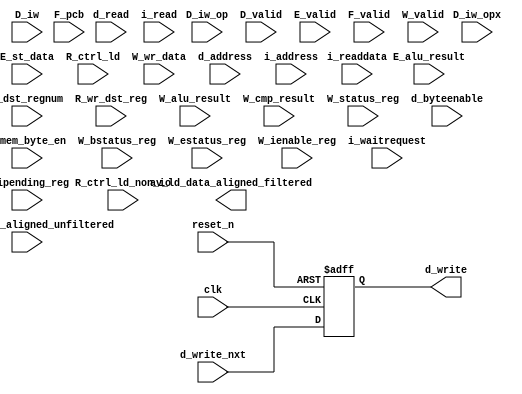
module cpu_0_test_bench (
                          // inputs:
                           D_iw,
                           D_iw_op,
                           D_iw_opx,
                           D_valid,
                           E_alu_result,
                           E_mem_byte_en,
                           E_st_data,
                           E_valid,
                           F_pcb,
                           F_valid,
                           R_ctrl_ld,
                           R_ctrl_ld_non_io,
                           R_dst_regnum,
                           R_wr_dst_reg,
                           W_alu_result,
                           W_bstatus_reg,
                           W_cmp_result,
                           W_estatus_reg,
                           W_ienable_reg,
                           W_ipending_reg,
                           W_status_reg,
                           W_valid,
                           W_wr_data,
                           av_ld_data_aligned_unfiltered,
                           clk,
                           d_address,
                           d_byteenable,
                           d_read,
                           d_write_nxt,
                           i_address,
                           i_read,
                           i_readdata,
                           i_waitrequest,
                           reset_n,

                          // outputs:
                           av_ld_data_aligned_filtered,
                           d_write
                        )
;

  output  [ 31: 0] av_ld_data_aligned_filtered;
  output           d_write;
  input   [ 31: 0] D_iw;
  input   [  5: 0] D_iw_op;
  input   [  5: 0] D_iw_opx;
  input            D_valid;
  input   [ 31: 0] E_alu_result;
  input   [  3: 0] E_mem_byte_en;
  input   [ 31: 0] E_st_data;
  input            E_valid;
  input   [ 22: 0] F_pcb;
  input            F_valid;
  input            R_ctrl_ld;
  input            R_ctrl_ld_non_io;
  input   [  4: 0] R_dst_regnum;
  input            R_wr_dst_reg;
  input   [ 31: 0] W_alu_result;
  input            W_bstatus_reg;
  input            W_cmp_result;
  input            W_estatus_reg;
  input   [ 31: 0] W_ienable_reg;
  input   [ 31: 0] W_ipending_reg;
  input            W_status_reg;
  input            W_valid;
  input   [ 31: 0] W_wr_data;
  input   [ 31: 0] av_ld_data_aligned_unfiltered;
  input            clk;
  input   [ 22: 0] d_address;
  input   [  3: 0] d_byteenable;
  input            d_read;
  input            d_write_nxt;
  input   [ 22: 0] i_address;
  input            i_read;
  input   [ 31: 0] i_readdata;
  input            i_waitrequest;
  input            reset_n;

  wire    [ 55: 0] D_inst;
  wire             D_op_add;
  wire             D_op_addi;
  wire             D_op_and;
  wire             D_op_andhi;
  wire             D_op_andi;
  wire             D_op_beq;
  wire             D_op_bge;
  wire             D_op_bgeu;
  wire             D_op_blt;
  wire             D_op_bltu;
  wire             D_op_bne;
  wire             D_op_br;
  wire             D_op_break;
  wire             D_op_bret;
  wire             D_op_call;
  wire             D_op_callr;
  wire             D_op_cmpeq;
  wire             D_op_cmpeqi;
  wire             D_op_cmpge;
  wire             D_op_cmpgei;
  wire             D_op_cmpgeu;
  wire             D_op_cmpgeui;
  wire             D_op_cmplt;
  wire             D_op_cmplti;
  wire             D_op_cmpltu;
  wire             D_op_cmpltui;
  wire             D_op_cmpne;
  wire             D_op_cmpnei;
  wire             D_op_custom;
  wire             D_op_div;
  wire             D_op_divu;
  wire             D_op_eret;
  wire             D_op_flushd;
  wire             D_op_flushda;
  wire             D_op_flushi;
  wire             D_op_flushp;
  wire             D_op_hbreak;
  wire             D_op_initd;
  wire             D_op_initi;
  wire             D_op_intr;
  wire             D_op_jmp;
  wire             D_op_ldb;
  wire             D_op_ldbio;
  wire             D_op_ldbu;
  wire             D_op_ldbuio;
  wire             D_op_ldh;
  wire             D_op_ldhio;
  wire             D_op_ldhu;
  wire             D_op_ldhuio;
  wire             D_op_ldw;
  wire             D_op_ldwio;
  wire             D_op_mul;
  wire             D_op_muli;
  wire             D_op_mulxss;
  wire             D_op_mulxsu;
  wire             D_op_mulxuu;
  wire             D_op_nextpc;
  wire             D_op_nor;
  wire             D_op_opx;
  wire             D_op_or;
  wire             D_op_orhi;
  wire             D_op_ori;
  wire             D_op_rdctl;
  wire             D_op_ret;
  wire             D_op_rol;
  wire             D_op_roli;
  wire             D_op_ror;
  wire             D_op_rsv01;
  wire             D_op_rsv02;
  wire             D_op_rsv09;
  wire             D_op_rsv10;
  wire             D_op_rsv17;
  wire             D_op_rsv18;
  wire             D_op_rsv19;
  wire             D_op_rsv25;
  wire             D_op_rsv26;
  wire             D_op_rsv29;
  wire             D_op_rsv31;
  wire             D_op_rsv33;
  wire             D_op_rsv34;
  wire             D_op_rsv41;
  wire             D_op_rsv42;
  wire             D_op_rsv49;
  wire             D_op_rsv56;
  wire             D_op_rsv57;
  wire             D_op_rsv61;
  wire             D_op_rsv62;
  wire             D_op_rsv63;
  wire             D_op_rsvx00;
  wire             D_op_rsvx10;
  wire             D_op_rsvx15;
  wire             D_op_rsvx17;
  wire             D_op_rsvx20;
  wire             D_op_rsvx21;
  wire             D_op_rsvx25;
  wire             D_op_rsvx33;
  wire             D_op_rsvx34;
  wire             D_op_rsvx35;
  wire             D_op_rsvx42;
  wire             D_op_rsvx43;
  wire             D_op_rsvx44;
  wire             D_op_rsvx47;
  wire             D_op_rsvx50;
  wire             D_op_rsvx51;
  wire             D_op_rsvx55;
  wire             D_op_rsvx56;
  wire             D_op_rsvx60;
  wire             D_op_rsvx62;
  wire             D_op_rsvx63;
  wire             D_op_sll;
  wire             D_op_slli;
  wire             D_op_sra;
  wire             D_op_srai;
  wire             D_op_srl;
  wire             D_op_srli;
  wire             D_op_stb;
  wire             D_op_stbio;
  wire             D_op_sth;
  wire             D_op_sthio;
  wire             D_op_stw;
  wire             D_op_stwio;
  wire             D_op_sub;
  wire             D_op_sync;
  wire             D_op_trap;
  wire             D_op_wrctl;
  wire             D_op_xor;
  wire             D_op_xorhi;
  wire             D_op_xori;
  wire    [ 55: 0] W_vinst;
  wire    [ 31: 0] av_ld_data_aligned_filtered;
  wire             av_ld_data_aligned_unfiltered_0_is_x;
  wire             av_ld_data_aligned_unfiltered_10_is_x;
  wire             av_ld_data_aligned_unfiltered_11_is_x;
  wire             av_ld_data_aligned_unfiltered_12_is_x;
  wire             av_ld_data_aligned_unfiltered_13_is_x;
  wire             av_ld_data_aligned_unfiltered_14_is_x;
  wire             av_ld_data_aligned_unfiltered_15_is_x;
  wire             av_ld_data_aligned_unfiltered_16_is_x;
  wire             av_ld_data_aligned_unfiltered_17_is_x;
  wire             av_ld_data_aligned_unfiltered_18_is_x;
  wire             av_ld_data_aligned_unfiltered_19_is_x;
  wire             av_ld_data_aligned_unfiltered_1_is_x;
  wire             av_ld_data_aligned_unfiltered_20_is_x;
  wire             av_ld_data_aligned_unfiltered_21_is_x;
  wire             av_ld_data_aligned_unfiltered_22_is_x;
  wire             av_ld_data_aligned_unfiltered_23_is_x;
  wire             av_ld_data_aligned_unfiltered_24_is_x;
  wire             av_ld_data_aligned_unfiltered_25_is_x;
  wire             av_ld_data_aligned_unfiltered_26_is_x;
  wire             av_ld_data_aligned_unfiltered_27_is_x;
  wire             av_ld_data_aligned_unfiltered_28_is_x;
  wire             av_ld_data_aligned_unfiltered_29_is_x;
  wire             av_ld_data_aligned_unfiltered_2_is_x;
  wire             av_ld_data_aligned_unfiltered_30_is_x;
  wire             av_ld_data_aligned_unfiltered_31_is_x;
  wire             av_ld_data_aligned_unfiltered_3_is_x;
  wire             av_ld_data_aligned_unfiltered_4_is_x;
  wire             av_ld_data_aligned_unfiltered_5_is_x;
  wire             av_ld_data_aligned_unfiltered_6_is_x;
  wire             av_ld_data_aligned_unfiltered_7_is_x;
  wire             av_ld_data_aligned_unfiltered_8_is_x;
  wire             av_ld_data_aligned_unfiltered_9_is_x;
  reg              d_write;
  wire             rf_wr;
  wire    [ 31: 0] rf_wr_data;
  always @(posedge clk or negedge reset_n)
    begin
      if (reset_n == 0)
          d_write <= 0;
      else if (1'b1)
          d_write <= d_write_nxt;
    end


  assign rf_wr = R_wr_dst_reg | R_ctrl_ld;
  assign rf_wr_data = R_ctrl_ld ? av_ld_data_aligned_filtered : W_wr_data;
  assign D_op_rsv02 = D_iw_op[5 : 0] == 2;
  assign D_op_cmplti = D_iw_op[5 : 0] == 16;
  assign D_op_rsv18 = D_iw_op[5 : 0] == 18;
  assign D_op_rsv01 = D_iw_op[5 : 0] == 1;
  assign D_op_rsv26 = D_iw_op[5 : 0] == 26;
  assign D_op_rsv42 = D_iw_op[5 : 0] == 42;
  assign D_op_ldbio = D_iw_op[5 : 0] == 39;
  assign D_op_ldbu = D_iw_op[5 : 0] == 3;
  assign D_op_orhi = D_iw_op[5 : 0] == 52;
  assign D_op_rsv31 = D_iw_op[5 : 0] == 31;
  assign D_op_bge = D_iw_op[5 : 0] == 14;
  assign D_op_br = D_iw_op[5 : 0] == 6;
  assign D_op_ldhio = D_iw_op[5 : 0] == 47;
  assign D_op_rsv41 = D_iw_op[5 : 0] == 41;
  assign D_op_rsv19 = D_iw_op[5 : 0] == 19;
  assign D_op_ldwio = D_iw_op[5 : 0] == 55;
  assign D_op_rsv29 = D_iw_op[5 : 0] == 29;
  assign D_op_rsv61 = D_iw_op[5 : 0] == 61;
  assign D_op_opx = D_iw_op[5 : 0] == 58;
  assign D_op_stb = D_iw_op[5 : 0] == 5;
  assign D_op_rsv62 = D_iw_op[5 : 0] == 62;
  assign D_op_bltu = D_iw_op[5 : 0] == 54;
  assign D_op_custom = D_iw_op[5 : 0] == 50;
  assign D_op_muli = D_iw_op[5 : 0] == 36;
  assign D_op_xori = D_iw_op[5 : 0] == 28;
  assign D_op_cmpgei = D_iw_op[5 : 0] == 8;
  assign D_op_ldw = D_iw_op[5 : 0] == 23;
  assign D_op_cmpeqi = D_iw_op[5 : 0] == 32;
  assign D_op_ldh = D_iw_op[5 : 0] == 15;
  assign D_op_stw = D_iw_op[5 : 0] == 21;
  assign D_op_rsv09 = D_iw_op[5 : 0] == 9;
  assign D_op_cmpnei = D_iw_op[5 : 0] == 24;
  assign D_op_ldb = D_iw_op[5 : 0] == 7;
  assign D_op_bgeu = D_iw_op[5 : 0] == 46;
  assign D_op_stwio = D_iw_op[5 : 0] == 53;
  assign D_op_rsv33 = D_iw_op[5 : 0] == 33;
  assign D_op_andhi = D_iw_op[5 : 0] == 44;
  assign D_op_ldbuio = D_iw_op[5 : 0] == 35;
  assign D_op_rsv34 = D_iw_op[5 : 0] == 34;
  assign D_op_sthio = D_iw_op[5 : 0] == 45;
  assign D_op_cmpgeui = D_iw_op[5 : 0] == 40;
  assign D_op_stbio = D_iw_op[5 : 0] == 37;
  assign D_op_andi = D_iw_op[5 : 0] == 12;
  assign D_op_addi = D_iw_op[5 : 0] == 4;
  assign D_op_flushda = D_iw_op[5 : 0] == 27;
  assign D_op_rsv49 = D_iw_op[5 : 0] == 49;
  assign D_op_blt = D_iw_op[5 : 0] == 22;
  assign D_op_beq = D_iw_op[5 : 0] == 38;
  assign D_op_ori = D_iw_op[5 : 0] == 20;
  assign D_op_cmpltui = D_iw_op[5 : 0] == 48;
  assign D_op_xorhi = D_iw_op[5 : 0] == 60;
  assign D_op_rsv56 = D_iw_op[5 : 0] == 56;
  assign D_op_ldhuio = D_iw_op[5 : 0] == 43;
  assign D_op_rsv63 = D_iw_op[5 : 0] == 63;
  assign D_op_bne = D_iw_op[5 : 0] == 30;
  assign D_op_rsv57 = D_iw_op[5 : 0] == 57;
  assign D_op_call = D_iw_op[5 : 0] == 0;
  assign D_op_ldhu = D_iw_op[5 : 0] == 11;
  assign D_op_flushd = D_iw_op[5 : 0] == 59;
  assign D_op_initd = D_iw_op[5 : 0] == 51;
  assign D_op_rsv10 = D_iw_op[5 : 0] == 10;
  assign D_op_rsv17 = D_iw_op[5 : 0] == 17;
  assign D_op_sth = D_iw_op[5 : 0] == 13;
  assign D_op_rsv25 = D_iw_op[5 : 0] == 25;
  assign D_op_flushi = D_op_opx & (D_iw_opx[5 : 0] == 12);
  assign D_op_mulxuu = D_op_opx & (D_iw_opx[5 : 0] == 7);
  assign D_op_rsvx33 = D_op_opx & (D_iw_opx[5 : 0] == 33);
  assign D_op_wrctl = D_op_opx & (D_iw_opx[5 : 0] == 46);
  assign D_op_roli = D_op_opx & (D_iw_opx[5 : 0] == 2);
  assign D_op_intr = D_op_opx & (D_iw_opx[5 : 0] == 61);
  assign D_op_rsvx43 = D_op_opx & (D_iw_opx[5 : 0] == 43);
  assign D_op_srl = D_op_opx & (D_iw_opx[5 : 0] == 27);
  assign D_op_trap = D_op_opx & (D_iw_opx[5 : 0] == 45);
  assign D_op_rsvx17 = D_op_opx & (D_iw_opx[5 : 0] == 17);
  assign D_op_break = D_op_opx & (D_iw_opx[5 : 0] == 52);
  assign D_op_rdctl = D_op_opx & (D_iw_opx[5 : 0] == 38);
  assign D_op_cmpltu = D_op_opx & (D_iw_opx[5 : 0] == 48);
  assign D_op_callr = D_op_opx & (D_iw_opx[5 : 0] == 29);
  assign D_op_cmpge = D_op_opx & (D_iw_opx[5 : 0] == 8);
  assign D_op_rsvx47 = D_op_opx & (D_iw_opx[5 : 0] == 47);
  assign D_op_and = D_op_opx & (D_iw_opx[5 : 0] == 14);
  assign D_op_rsvx00 = D_op_opx & (D_iw_opx[5 : 0] == 0);
  assign D_op_rsvx56 = D_op_opx & (D_iw_opx[5 : 0] == 56);
  assign D_op_hbreak = D_op_opx & (D_iw_opx[5 : 0] == 53);
  assign D_op_flushp = D_op_opx & (D_iw_opx[5 : 0] == 4);
  assign D_op_nor = D_op_opx & (D_iw_opx[5 : 0] == 6);
  assign D_op_rsvx50 = D_op_opx & (D_iw_opx[5 : 0] == 50);
  assign D_op_initi = D_op_opx & (D_iw_opx[5 : 0] == 41);
  assign D_op_srai = D_op_opx & (D_iw_opx[5 : 0] == 58);
  assign D_op_sync = D_op_opx & (D_iw_opx[5 : 0] == 54);
  assign D_op_rsvx15 = D_op_opx & (D_iw_opx[5 : 0] == 15);
  assign D_op_rsvx55 = D_op_opx & (D_iw_opx[5 : 0] == 55);
  assign D_op_rsvx42 = D_op_opx & (D_iw_opx[5 : 0] == 42);
  assign D_op_xor = D_op_opx & (D_iw_opx[5 : 0] == 30);
  assign D_op_rsvx34 = D_op_opx & (D_iw_opx[5 : 0] == 34);
  assign D_op_mulxss = D_op_opx & (D_iw_opx[5 : 0] == 31);
  assign D_op_rsvx51 = D_op_opx & (D_iw_opx[5 : 0] == 51);
  assign D_op_rsvx10 = D_op_opx & (D_iw_opx[5 : 0] == 10);
  assign D_op_eret = D_op_opx & (D_iw_opx[5 : 0] == 1);
  assign D_op_rsvx25 = D_op_opx & (D_iw_opx[5 : 0] == 25);
  assign D_op_jmp = D_op_opx & (D_iw_opx[5 : 0] == 13);
  assign D_op_or = D_op_opx & (D_iw_opx[5 : 0] == 22);
  assign D_op_rsvx35 = D_op_opx & (D_iw_opx[5 : 0] == 35);
  assign D_op_sra = D_op_opx & (D_iw_opx[5 : 0] == 59);
  assign D_op_rsvx20 = D_op_opx & (D_iw_opx[5 : 0] == 20);
  assign D_op_slli = D_op_opx & (D_iw_opx[5 : 0] == 18);
  assign D_op_mulxsu = D_op_opx & (D_iw_opx[5 : 0] == 23);
  assign D_op_rsvx21 = D_op_opx & (D_iw_opx[5 : 0] == 21);
  assign D_op_ror = D_op_opx & (D_iw_opx[5 : 0] == 11);
  assign D_op_srli = D_op_opx & (D_iw_opx[5 : 0] == 26);
  assign D_op_sll = D_op_opx & (D_iw_opx[5 : 0] == 19);
  assign D_op_div = D_op_opx & (D_iw_opx[5 : 0] == 37);
  assign D_op_cmplt = D_op_opx & (D_iw_opx[5 : 0] == 16);
  assign D_op_add = D_op_opx & (D_iw_opx[5 : 0] == 49);
  assign D_op_rsvx44 = D_op_opx & (D_iw_opx[5 : 0] == 44);
  assign D_op_bret = D_op_opx & (D_iw_opx[5 : 0] == 9);
  assign D_op_rsvx60 = D_op_opx & (D_iw_opx[5 : 0] == 60);
  assign D_op_rsvx63 = D_op_opx & (D_iw_opx[5 : 0] == 63);
  assign D_op_mul = D_op_opx & (D_iw_opx[5 : 0] == 39);
  assign D_op_cmpgeu = D_op_opx & (D_iw_opx[5 : 0] == 40);
  assign D_op_cmpne = D_op_opx & (D_iw_opx[5 : 0] == 24);
  assign D_op_cmpeq = D_op_opx & (D_iw_opx[5 : 0] == 32);
  assign D_op_ret = D_op_opx & (D_iw_opx[5 : 0] == 5);
  assign D_op_rsvx62 = D_op_opx & (D_iw_opx[5 : 0] == 62);
  assign D_op_rol = D_op_opx & (D_iw_opx[5 : 0] == 3);
  assign D_op_sub = D_op_opx & (D_iw_opx[5 : 0] == 57);
  assign D_op_nextpc = D_op_opx & (D_iw_opx[5 : 0] == 28);
  assign D_op_divu = D_op_opx & (D_iw_opx[5 : 0] == 36);

//synthesis translate_off
//////////////// SIMULATION-ONLY CONTENTS
  //Clearing 'X' data bits
  assign av_ld_data_aligned_unfiltered_0_is_x = ^(av_ld_data_aligned_unfiltered[0]) === 1'bx;

  assign av_ld_data_aligned_filtered[0] = (av_ld_data_aligned_unfiltered_0_is_x & (R_ctrl_ld_non_io)) ? 1'b0 : av_ld_data_aligned_unfiltered[0];
  assign av_ld_data_aligned_unfiltered_1_is_x = ^(av_ld_data_aligned_unfiltered[1]) === 1'bx;
  assign av_ld_data_aligned_filtered[1] = (av_ld_data_aligned_unfiltered_1_is_x & (R_ctrl_ld_non_io)) ? 1'b0 : av_ld_data_aligned_unfiltered[1];
  assign av_ld_data_aligned_unfiltered_2_is_x = ^(av_ld_data_aligned_unfiltered[2]) === 1'bx;
  assign av_ld_data_aligned_filtered[2] = (av_ld_data_aligned_unfiltered_2_is_x & (R_ctrl_ld_non_io)) ? 1'b0 : av_ld_data_aligned_unfiltered[2];
  assign av_ld_data_aligned_unfiltered_3_is_x = ^(av_ld_data_aligned_unfiltered[3]) === 1'bx;
  assign av_ld_data_aligned_filtered[3] = (av_ld_data_aligned_unfiltered_3_is_x & (R_ctrl_ld_non_io)) ? 1'b0 : av_ld_data_aligned_unfiltered[3];
  assign av_ld_data_aligned_unfiltered_4_is_x = ^(av_ld_data_aligned_unfiltered[4]) === 1'bx;
  assign av_ld_data_aligned_filtered[4] = (av_ld_data_aligned_unfiltered_4_is_x & (R_ctrl_ld_non_io)) ? 1'b0 : av_ld_data_aligned_unfiltered[4];
  assign av_ld_data_aligned_unfiltered_5_is_x = ^(av_ld_data_aligned_unfiltered[5]) === 1'bx;
  assign av_ld_data_aligned_filtered[5] = (av_ld_data_aligned_unfiltered_5_is_x & (R_ctrl_ld_non_io)) ? 1'b0 : av_ld_data_aligned_unfiltered[5];
  assign av_ld_data_aligned_unfiltered_6_is_x = ^(av_ld_data_aligned_unfiltered[6]) === 1'bx;
  assign av_ld_data_aligned_filtered[6] = (av_ld_data_aligned_unfiltered_6_is_x & (R_ctrl_ld_non_io)) ? 1'b0 : av_ld_data_aligned_unfiltered[6];
  assign av_ld_data_aligned_unfiltered_7_is_x = ^(av_ld_data_aligned_unfiltered[7]) === 1'bx;
  assign av_ld_data_aligned_filtered[7] = (av_ld_data_aligned_unfiltered_7_is_x & (R_ctrl_ld_non_io)) ? 1'b0 : av_ld_data_aligned_unfiltered[7];
  assign av_ld_data_aligned_unfiltered_8_is_x = ^(av_ld_data_aligned_unfiltered[8]) === 1'bx;
  assign av_ld_data_aligned_filtered[8] = (av_ld_data_aligned_unfiltered_8_is_x & (R_ctrl_ld_non_io)) ? 1'b0 : av_ld_data_aligned_unfiltered[8];
  assign av_ld_data_aligned_unfiltered_9_is_x = ^(av_ld_data_aligned_unfiltered[9]) === 1'bx;
  assign av_ld_data_aligned_filtered[9] = (av_ld_data_aligned_unfiltered_9_is_x & (R_ctrl_ld_non_io)) ? 1'b0 : av_ld_data_aligned_unfiltered[9];
  assign av_ld_data_aligned_unfiltered_10_is_x = ^(av_ld_data_aligned_unfiltered[10]) === 1'bx;
  assign av_ld_data_aligned_filtered[10] = (av_ld_data_aligned_unfiltered_10_is_x & (R_ctrl_ld_non_io)) ? 1'b0 : av_ld_data_aligned_unfiltered[10];
  assign av_ld_data_aligned_unfiltered_11_is_x = ^(av_ld_data_aligned_unfiltered[11]) === 1'bx;
  assign av_ld_data_aligned_filtered[11] = (av_ld_data_aligned_unfiltered_11_is_x & (R_ctrl_ld_non_io)) ? 1'b0 : av_ld_data_aligned_unfiltered[11];
  assign av_ld_data_aligned_unfiltered_12_is_x = ^(av_ld_data_aligned_unfiltered[12]) === 1'bx;
  assign av_ld_data_aligned_filtered[12] = (av_ld_data_aligned_unfiltered_12_is_x & (R_ctrl_ld_non_io)) ? 1'b0 : av_ld_data_aligned_unfiltered[12];
  assign av_ld_data_aligned_unfiltered_13_is_x = ^(av_ld_data_aligned_unfiltered[13]) === 1'bx;
  assign av_ld_data_aligned_filtered[13] = (av_ld_data_aligned_unfiltered_13_is_x & (R_ctrl_ld_non_io)) ? 1'b0 : av_ld_data_aligned_unfiltered[13];
  assign av_ld_data_aligned_unfiltered_14_is_x = ^(av_ld_data_aligned_unfiltered[14]) === 1'bx;
  assign av_ld_data_aligned_filtered[14] = (av_ld_data_aligned_unfiltered_14_is_x & (R_ctrl_ld_non_io)) ? 1'b0 : av_ld_data_aligned_unfiltered[14];
  assign av_ld_data_aligned_unfiltered_15_is_x = ^(av_ld_data_aligned_unfiltered[15]) === 1'bx;
  assign av_ld_data_aligned_filtered[15] = (av_ld_data_aligned_unfiltered_15_is_x & (R_ctrl_ld_non_io)) ? 1'b0 : av_ld_data_aligned_unfiltered[15];
  assign av_ld_data_aligned_unfiltered_16_is_x = ^(av_ld_data_aligned_unfiltered[16]) === 1'bx;
  assign av_ld_data_aligned_filtered[16] = (av_ld_data_aligned_unfiltered_16_is_x & (R_ctrl_ld_non_io)) ? 1'b0 : av_ld_data_aligned_unfiltered[16];
  assign av_ld_data_aligned_unfiltered_17_is_x = ^(av_ld_data_aligned_unfiltered[17]) === 1'bx;
  assign av_ld_data_aligned_filtered[17] = (av_ld_data_aligned_unfiltered_17_is_x & (R_ctrl_ld_non_io)) ? 1'b0 : av_ld_data_aligned_unfiltered[17];
  assign av_ld_data_aligned_unfiltered_18_is_x = ^(av_ld_data_aligned_unfiltered[18]) === 1'bx;
  assign av_ld_data_aligned_filtered[18] = (av_ld_data_aligned_unfiltered_18_is_x & (R_ctrl_ld_non_io)) ? 1'b0 : av_ld_data_aligned_unfiltered[18];
  assign av_ld_data_aligned_unfiltered_19_is_x = ^(av_ld_data_aligned_unfiltered[19]) === 1'bx;
  assign av_ld_data_aligned_filtered[19] = (av_ld_data_aligned_unfiltered_19_is_x & (R_ctrl_ld_non_io)) ? 1'b0 : av_ld_data_aligned_unfiltered[19];
  assign av_ld_data_aligned_unfiltered_20_is_x = ^(av_ld_data_aligned_unfiltered[20]) === 1'bx;
  assign av_ld_data_aligned_filtered[20] = (av_ld_data_aligned_unfiltered_20_is_x & (R_ctrl_ld_non_io)) ? 1'b0 : av_ld_data_aligned_unfiltered[20];
  assign av_ld_data_aligned_unfiltered_21_is_x = ^(av_ld_data_aligned_unfiltered[21]) === 1'bx;
  assign av_ld_data_aligned_filtered[21] = (av_ld_data_aligned_unfiltered_21_is_x & (R_ctrl_ld_non_io)) ? 1'b0 : av_ld_data_aligned_unfiltered[21];
  assign av_ld_data_aligned_unfiltered_22_is_x = ^(av_ld_data_aligned_unfiltered[22]) === 1'bx;
  assign av_ld_data_aligned_filtered[22] = (av_ld_data_aligned_unfiltered_22_is_x & (R_ctrl_ld_non_io)) ? 1'b0 : av_ld_data_aligned_unfiltered[22];
  assign av_ld_data_aligned_unfiltered_23_is_x = ^(av_ld_data_aligned_unfiltered[23]) === 1'bx;
  assign av_ld_data_aligned_filtered[23] = (av_ld_data_aligned_unfiltered_23_is_x & (R_ctrl_ld_non_io)) ? 1'b0 : av_ld_data_aligned_unfiltered[23];
  assign av_ld_data_aligned_unfiltered_24_is_x = ^(av_ld_data_aligned_unfiltered[24]) === 1'bx;
  assign av_ld_data_aligned_filtered[24] = (av_ld_data_aligned_unfiltered_24_is_x & (R_ctrl_ld_non_io)) ? 1'b0 : av_ld_data_aligned_unfiltered[24];
  assign av_ld_data_aligned_unfiltered_25_is_x = ^(av_ld_data_aligned_unfiltered[25]) === 1'bx;
  assign av_ld_data_aligned_filtered[25] = (av_ld_data_aligned_unfiltered_25_is_x & (R_ctrl_ld_non_io)) ? 1'b0 : av_ld_data_aligned_unfiltered[25];
  assign av_ld_data_aligned_unfiltered_26_is_x = ^(av_ld_data_aligned_unfiltered[26]) === 1'bx;
  assign av_ld_data_aligned_filtered[26] = (av_ld_data_aligned_unfiltered_26_is_x & (R_ctrl_ld_non_io)) ? 1'b0 : av_ld_data_aligned_unfiltered[26];
  assign av_ld_data_aligned_unfiltered_27_is_x = ^(av_ld_data_aligned_unfiltered[27]) === 1'bx;
  assign av_ld_data_aligned_filtered[27] = (av_ld_data_aligned_unfiltered_27_is_x & (R_ctrl_ld_non_io)) ? 1'b0 : av_ld_data_aligned_unfiltered[27];
  assign av_ld_data_aligned_unfiltered_28_is_x = ^(av_ld_data_aligned_unfiltered[28]) === 1'bx;
  assign av_ld_data_aligned_filtered[28] = (av_ld_data_aligned_unfiltered_28_is_x & (R_ctrl_ld_non_io)) ? 1'b0 : av_ld_data_aligned_unfiltered[28];
  assign av_ld_data_aligned_unfiltered_29_is_x = ^(av_ld_data_aligned_unfiltered[29]) === 1'bx;
  assign av_ld_data_aligned_filtered[29] = (av_ld_data_aligned_unfiltered_29_is_x & (R_ctrl_ld_non_io)) ? 1'b0 : av_ld_data_aligned_unfiltered[29];
  assign av_ld_data_aligned_unfiltered_30_is_x = ^(av_ld_data_aligned_unfiltered[30]) === 1'bx;
  assign av_ld_data_aligned_filtered[30] = (av_ld_data_aligned_unfiltered_30_is_x & (R_ctrl_ld_non_io)) ? 1'b0 : av_ld_data_aligned_unfiltered[30];
  assign av_ld_data_aligned_unfiltered_31_is_x = ^(av_ld_data_aligned_unfiltered[31]) === 1'bx;
  assign av_ld_data_aligned_filtered[31] = (av_ld_data_aligned_unfiltered_31_is_x & (R_ctrl_ld_non_io)) ? 1'b0 : av_ld_data_aligned_unfiltered[31];
  always @(posedge clk)
    begin
      if (reset_n)
          if (^(F_valid) === 1'bx)
            begin
              $write("%0d ns: ERROR: cpu_0_test_bench/F_valid is 'x'\n", $time);
              $stop;
            end
    end


  always @(posedge clk)
    begin
      if (reset_n)
          if (^(D_valid) === 1'bx)
            begin
              $write("%0d ns: ERROR: cpu_0_test_bench/D_valid is 'x'\n", $time);
              $stop;
            end
    end


  always @(posedge clk)
    begin
      if (reset_n)
          if (^(E_valid) === 1'bx)
            begin
              $write("%0d ns: ERROR: cpu_0_test_bench/E_valid is 'x'\n", $time);
              $stop;
            end
    end


  always @(posedge clk)
    begin
      if (reset_n)
          if (^(W_valid) === 1'bx)
            begin
              $write("%0d ns: ERROR: cpu_0_test_bench/W_valid is 'x'\n", $time);
              $stop;
            end
    end


  always @(posedge clk or negedge reset_n)
    begin
      if (reset_n == 0)
        begin
        end
      else if (W_valid)
          if (^(R_wr_dst_reg) === 1'bx)
            begin
              $write("%0d ns: ERROR: cpu_0_test_bench/R_wr_dst_reg is 'x'\n", $time);
              $stop;
            end
    end


  always @(posedge clk or negedge reset_n)
    begin
      if (reset_n == 0)
        begin
        end
      else if (W_valid & R_wr_dst_reg)
          if (^(W_wr_data) === 1'bx)
            begin
              $write("%0d ns: ERROR: cpu_0_test_bench/W_wr_data is 'x'\n", $time);
              $stop;
            end
    end


  always @(posedge clk or negedge reset_n)
    begin
      if (reset_n == 0)
        begin
        end
      else if (W_valid & R_wr_dst_reg)
          if (^(R_dst_regnum) === 1'bx)
            begin
              $write("%0d ns: ERROR: cpu_0_test_bench/R_dst_regnum is 'x'\n", $time);
              $stop;
            end
    end


  always @(posedge clk or negedge reset_n)
    begin
      if (reset_n == 0)
        begin
        end
      else if (W_valid & R_ctrl_ld)
          if (^(R_dst_regnum) === 1'bx)
            begin
              $write("%0d ns: ERROR: cpu_0_test_bench/R_dst_regnum is 'x'\n", $time);
              $stop;
            end
    end


  always @(posedge clk)
    begin
      if (reset_n)
          if (^(d_write) === 1'bx)
            begin
              $write("%0d ns: ERROR: cpu_0_test_bench/d_write is 'x'\n", $time);
              $stop;
            end
    end


  always @(posedge clk or negedge reset_n)
    begin
      if (reset_n == 0)
        begin
        end
      else if (d_write)
          if (^(d_byteenable) === 1'bx)
            begin
              $write("%0d ns: ERROR: cpu_0_test_bench/d_byteenable is 'x'\n", $time);
              $stop;
            end
    end


  always @(posedge clk or negedge reset_n)
    begin
      if (reset_n == 0)
        begin
        end
      else if (d_write | d_read)
          if (^(d_address) === 1'bx)
            begin
              $write("%0d ns: ERROR: cpu_0_test_bench/d_address is 'x'\n", $time);
              $stop;
            end
    end


  always @(posedge clk)
    begin
      if (reset_n)
          if (^(d_read) === 1'bx)
            begin
              $write("%0d ns: ERROR: cpu_0_test_bench/d_read is 'x'\n", $time);
              $stop;
            end
    end


  always @(posedge clk)
    begin
      if (reset_n)
          if (^(i_read) === 1'bx)
            begin
              $write("%0d ns: ERROR: cpu_0_test_bench/i_read is 'x'\n", $time);
              $stop;
            end
    end


  always @(posedge clk or negedge reset_n)
    begin
      if (reset_n == 0)
        begin
        end
      else if (i_read)
          if (^(i_address) === 1'bx)
            begin
              $write("%0d ns: ERROR: cpu_0_test_bench/i_address is 'x'\n", $time);
              $stop;
            end
    end


  always @(posedge clk or negedge reset_n)
    begin
      if (reset_n == 0)
        begin
        end
      else if (i_read & ~i_waitrequest)
          if (^(i_readdata) === 1'bx)
            begin
              $write("%0d ns: ERROR: cpu_0_test_bench/i_readdata is 'x'\n", $time);
              $stop;
            end
    end


  always @(posedge clk or negedge reset_n)
    begin
      if (reset_n == 0)
        begin
        end
      else if (W_valid & R_ctrl_ld)
          if (^(av_ld_data_aligned_unfiltered) === 1'bx)
            begin
              $write("%0d ns: WARNING: cpu_0_test_bench/av_ld_data_aligned_unfiltered is 'x'\n", $time);
            end
    end


  always @(posedge clk or negedge reset_n)
    begin
      if (reset_n == 0)
        begin
        end
      else if (W_valid & R_wr_dst_reg)
          if (^(W_wr_data) === 1'bx)
            begin
              $write("%0d ns: WARNING: cpu_0_test_bench/W_wr_data is 'x'\n", $time);
            end
    end


  
  reg [31:0] trace_handle; // for $fopen
  initial  
  begin
    trace_handle = $fopen("cpu_0.tr");
    $fwrite(trace_handle, "version 2\nnumThreads 1\n");
  end
  always @(posedge clk)
    begin
      if (~reset_n || (W_valid))
          $fwrite(trace_handle, "%0d ns: %0h,%0h,%0h,%0h,%0h,%0h,%0h,%0h,%0h,%0h,%0h,%0h,%0h,%0h,%0h,%0h,%0h,%0h,%0h,%0h\n", $time, ~reset_n, F_pcb, 0, D_op_intr, D_op_hbreak, D_iw, rf_wr, R_dst_regnum, rf_wr_data, W_alu_result, E_st_data, E_mem_byte_en, W_cmp_result, E_alu_result, W_status_reg, W_estatus_reg, W_bstatus_reg, W_ienable_reg, W_ipending_reg, 0);
    end


  assign D_inst = ((((D_iw_op[5 : 0] == 2))))? 56'h20207273763032 :
    ((((D_iw_op[5 : 0] == 16))))? 56'h20636d706c7469 :
    ((((D_iw_op[5 : 0] == 18))))? 56'h20207273763138 :
    ((((D_iw_op[5 : 0] == 1))))? 56'h20207273763031 :
    ((((D_iw_op[5 : 0] == 26))))? 56'h20207273763236 :
    ((((D_iw_op[5 : 0] == 42))))? 56'h20207273763432 :
    ((((D_iw_op[5 : 0] == 39))))? 56'h20206c6462696f :
    ((((D_iw_op[5 : 0] == 3))))? 56'h2020206c646275 :
    ((((D_iw_op[5 : 0] == 52))))? 56'h2020206f726869 :
    ((((D_iw_op[5 : 0] == 31))))? 56'h20207273763331 :
    ((((D_iw_op[5 : 0] == 14))))? 56'h20202020626765 :
    ((((D_iw_op[5 : 0] == 6))))? 56'h20202020206272 :
    ((((D_iw_op[5 : 0] == 47))))? 56'h20206c6468696f :
    ((((D_iw_op[5 : 0] == 41))))? 56'h20207273763431 :
    ((((D_iw_op[5 : 0] == 19))))? 56'h20207273763139 :
    ((((D_iw_op[5 : 0] == 55))))? 56'h20206c6477696f :
    ((((D_iw_op[5 : 0] == 29))))? 56'h20207273763239 :
    ((((D_iw_op[5 : 0] == 61))))? 56'h20207273763631 :
    ((((D_iw_op[5 : 0] == 5))))? 56'h20202020737462 :
    ((((D_iw_op[5 : 0] == 62))))? 56'h20207273763632 :
    ((((D_iw_op[5 : 0] == 54))))? 56'h202020626c7475 :
    ((((D_iw_op[5 : 0] == 50))))? 56'h20637573746f6d :
    ((((D_iw_op[5 : 0] == 36))))? 56'h2020206d756c69 :
    ((((D_iw_op[5 : 0] == 28))))? 56'h202020786f7269 :
    ((((D_iw_op[5 : 0] == 8))))? 56'h20636d70676569 :
    ((((D_iw_op[5 : 0] == 23))))? 56'h202020206c6477 :
    ((((D_iw_op[5 : 0] == 32))))? 56'h20636d70657169 :
    ((((D_iw_op[5 : 0] == 15))))? 56'h202020206c6468 :
    ((((D_iw_op[5 : 0] == 21))))? 56'h20202020737477 :
    ((((D_iw_op[5 : 0] == 9))))? 56'h20207273763039 :
    ((((D_iw_op[5 : 0] == 24))))? 56'h20636d706e6569 :
    ((((D_iw_op[5 : 0] == 7))))? 56'h202020206c6462 :
    ((((D_iw_op[5 : 0] == 46))))? 56'h20202062676575 :
    ((((D_iw_op[5 : 0] == 53))))? 56'h2020737477696f :
    ((((D_iw_op[5 : 0] == 33))))? 56'h20207273763333 :
    ((((D_iw_op[5 : 0] == 44))))? 56'h2020616e646869 :
    ((((D_iw_op[5 : 0] == 35))))? 56'h206c646275696f :
    ((((D_iw_op[5 : 0] == 34))))? 56'h20207273763334 :
    ((((D_iw_op[5 : 0] == 45))))? 56'h2020737468696f :
    ((((D_iw_op[5 : 0] == 40))))? 56'h636d7067657569 :
    ((((D_iw_op[5 : 0] == 37))))? 56'h2020737462696f :
    ((((D_iw_op[5 : 0] == 12))))? 56'h202020616e6469 :
    ((((D_iw_op[5 : 0] == 4))))? 56'h20202061646469 :
    ((((D_iw_op[5 : 0] == 27))))? 56'h666c7573686461 :
    ((((D_iw_op[5 : 0] == 49))))? 56'h20207273763439 :
    ((((D_iw_op[5 : 0] == 22))))? 56'h20202020626c74 :
    ((((D_iw_op[5 : 0] == 38))))? 56'h20202020626571 :
    ((((D_iw_op[5 : 0] == 20))))? 56'h202020206f7269 :
    ((((D_iw_op[5 : 0] == 48))))? 56'h636d706c747569 :
    ((((D_iw_op[5 : 0] == 60))))? 56'h2020786f726869 :
    ((((D_iw_op[5 : 0] == 56))))? 56'h20207273763536 :
    ((((D_iw_op[5 : 0] == 43))))? 56'h206c646875696f :
    ((((D_iw_op[5 : 0] == 63))))? 56'h20207273763633 :
    ((((D_iw_op[5 : 0] == 30))))? 56'h20202020626e65 :
    ((((D_iw_op[5 : 0] == 57))))? 56'h20207273763537 :
    ((((D_iw_op[5 : 0] == 0))))? 56'h20202063616c6c :
    ((((D_iw_op[5 : 0] == 11))))? 56'h2020206c646875 :
    ((((D_iw_op[5 : 0] == 59))))? 56'h20666c75736864 :
    ((((D_iw_op[5 : 0] == 51))))? 56'h2020696e697464 :
    ((((D_iw_op[5 : 0] == 10))))? 56'h20207273763130 :
    ((((D_iw_op[5 : 0] == 17))))? 56'h20207273763137 :
    ((((D_iw_op[5 : 0] == 13))))? 56'h20202020737468 :
    ((((D_iw_op[5 : 0] == 25))))? 56'h20207273763235 :
    (((D_op_opx & (D_iw_opx[5 : 0] == 12))))? 56'h20666c75736869 :
    (((D_op_opx & (D_iw_opx[5 : 0] == 7))))? 56'h206d756c787575 :
    (((D_op_opx & (D_iw_opx[5 : 0] == 33))))? 56'h20727376783333 :
    (((D_op_opx & (D_iw_opx[5 : 0] == 46))))? 56'h2020777263746c :
    (((D_op_opx & (D_iw_opx[5 : 0] == 2))))? 56'h202020726f6c69 :
    (((D_op_opx & (D_iw_opx[5 : 0] == 61))))? 56'h202020696e7472 :
    (((D_op_opx & (D_iw_opx[5 : 0] == 43))))? 56'h20727376783433 :
    (((D_op_opx & (D_iw_opx[5 : 0] == 27))))? 56'h2020202073726c :
    (((D_op_opx & (D_iw_opx[5 : 0] == 45))))? 56'h20202074726170 :
    (((D_op_opx & (D_iw_opx[5 : 0] == 17))))? 56'h20727376783137 :
    (((D_op_opx & (D_iw_opx[5 : 0] == 52))))? 56'h2020627265616b :
    (((D_op_opx & (D_iw_opx[5 : 0] == 38))))? 56'h2020726463746c :
    (((D_op_opx & (D_iw_opx[5 : 0] == 48))))? 56'h20636d706c7475 :
    (((D_op_opx & (D_iw_opx[5 : 0] == 29))))? 56'h202063616c6c72 :
    (((D_op_opx & (D_iw_opx[5 : 0] == 8))))? 56'h2020636d706765 :
    (((D_op_opx & (D_iw_opx[5 : 0] == 47))))? 56'h20727376783437 :
    (((D_op_opx & (D_iw_opx[5 : 0] == 14))))? 56'h20202020616e64 :
    (((D_op_opx & (D_iw_opx[5 : 0] == 0))))? 56'h20727376783030 :
    (((D_op_opx & (D_iw_opx[5 : 0] == 56))))? 56'h20727376783536 :
    (((D_op_opx & (D_iw_opx[5 : 0] == 53))))? 56'h2068627265616b :
    (((D_op_opx & (D_iw_opx[5 : 0] == 4))))? 56'h20666c75736870 :
    (((D_op_opx & (D_iw_opx[5 : 0] == 6))))? 56'h202020206e6f72 :
    (((D_op_opx & (D_iw_opx[5 : 0] == 50))))? 56'h20727376783530 :
    (((D_op_opx & (D_iw_opx[5 : 0] == 41))))? 56'h2020696e697469 :
    (((D_op_opx & (D_iw_opx[5 : 0] == 58))))? 56'h20202073726169 :
    (((D_op_opx & (D_iw_opx[5 : 0] == 54))))? 56'h20202073796e63 :
    (((D_op_opx & (D_iw_opx[5 : 0] == 15))))? 56'h20727376783135 :
    (((D_op_opx & (D_iw_opx[5 : 0] == 55))))? 56'h20727376783535 :
    (((D_op_opx & (D_iw_opx[5 : 0] == 42))))? 56'h20727376783432 :
    (((D_op_opx & (D_iw_opx[5 : 0] == 30))))? 56'h20202020786f72 :
    (((D_op_opx & (D_iw_opx[5 : 0] == 34))))? 56'h20727376783334 :
    (((D_op_opx & (D_iw_opx[5 : 0] == 31))))? 56'h206d756c787373 :
    (((D_op_opx & (D_iw_opx[5 : 0] == 51))))? 56'h20727376783531 :
    (((D_op_opx & (D_iw_opx[5 : 0] == 10))))? 56'h20727376783130 :
    (((D_op_opx & (D_iw_opx[5 : 0] == 1))))? 56'h20202065726574 :
    (((D_op_opx & (D_iw_opx[5 : 0] == 25))))? 56'h20727376783235 :
    (((D_op_opx & (D_iw_opx[5 : 0] == 13))))? 56'h202020206a6d70 :
    (((D_op_opx & (D_iw_opx[5 : 0] == 22))))? 56'h20202020206f72 :
    (((D_op_opx & (D_iw_opx[5 : 0] == 35))))? 56'h20727376783335 :
    (((D_op_opx & (D_iw_opx[5 : 0] == 59))))? 56'h20202020737261 :
    (((D_op_opx & (D_iw_opx[5 : 0] == 20))))? 56'h20727376783230 :
    (((D_op_opx & (D_iw_opx[5 : 0] == 18))))? 56'h202020736c6c69 :
    (((D_op_opx & (D_iw_opx[5 : 0] == 23))))? 56'h206d756c787375 :
    (((D_op_opx & (D_iw_opx[5 : 0] == 21))))? 56'h20727376783231 :
    (((D_op_opx & (D_iw_opx[5 : 0] == 11))))? 56'h20202020726f72 :
    (((D_op_opx & (D_iw_opx[5 : 0] == 26))))? 56'h20202073726c69 :
    (((D_op_opx & (D_iw_opx[5 : 0] == 19))))? 56'h20202020736c6c :
    (((D_op_opx & (D_iw_opx[5 : 0] == 37))))? 56'h20202020646976 :
    (((D_op_opx & (D_iw_opx[5 : 0] == 16))))? 56'h2020636d706c74 :
    (((D_op_opx & (D_iw_opx[5 : 0] == 49))))? 56'h20202020616464 :
    (((D_op_opx & (D_iw_opx[5 : 0] == 44))))? 56'h20727376783434 :
    (((D_op_opx & (D_iw_opx[5 : 0] == 9))))? 56'h20202062726574 :
    (((D_op_opx & (D_iw_opx[5 : 0] == 60))))? 56'h20727376783630 :
    (((D_op_opx & (D_iw_opx[5 : 0] == 63))))? 56'h20727376783633 :
    (((D_op_opx & (D_iw_opx[5 : 0] == 39))))? 56'h202020206d756c :
    (((D_op_opx & (D_iw_opx[5 : 0] == 40))))? 56'h20636d70676575 :
    (((D_op_opx & (D_iw_opx[5 : 0] == 24))))? 56'h2020636d706e65 :
    (((D_op_opx & (D_iw_opx[5 : 0] == 32))))? 56'h2020636d706571 :
    (((D_op_opx & (D_iw_opx[5 : 0] == 5))))? 56'h20202020726574 :
    (((D_op_opx & (D_iw_opx[5 : 0] == 62))))? 56'h20727376783632 :
    (((D_op_opx & (D_iw_opx[5 : 0] == 3))))? 56'h20202020726f6c :
    (((D_op_opx & (D_iw_opx[5 : 0] == 57))))? 56'h20202020737562 :
    (((D_op_opx & (D_iw_opx[5 : 0] == 28))))? 56'h206e6578747063 :
    (((D_op_opx & (D_iw_opx[5 : 0] == 36))))? 56'h20202064697675 :
    56'h20202020424144;

  assign W_vinst = W_valid ? D_inst : {7{8'h2d}};

//////////////// END SIMULATION-ONLY CONTENTS

//synthesis translate_on
//synthesis read_comments_as_HDL on
//  
//  assign av_ld_data_aligned_filtered = av_ld_data_aligned_unfiltered;
//
//synthesis read_comments_as_HDL off

endmodule